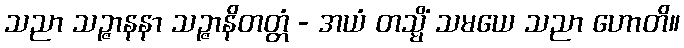
သညာ သဉ္ဇာနနာ သဉ္ဇာနိတတ္တံ - အယံ တသ္မိံ သမယေ သညာ ဟောတိ။